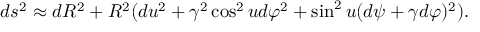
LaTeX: d s ^ { 2 } \approx d R ^ { 2 } + R ^ { 2 } ( d u ^ { 2 } + \gamma ^ { 2 } \cos ^ { 2 } u d \varphi ^ { 2 } + \sin ^ { 2 } u ( d \psi + \gamma d \varphi ) ^ { 2 } ) .